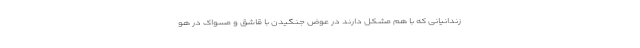
زندانیانی که با هم مشکل دارند در عوض جنگیدن با قاشق و مسواک در هو